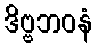
ဒိဗ္ဗဘဝနံ